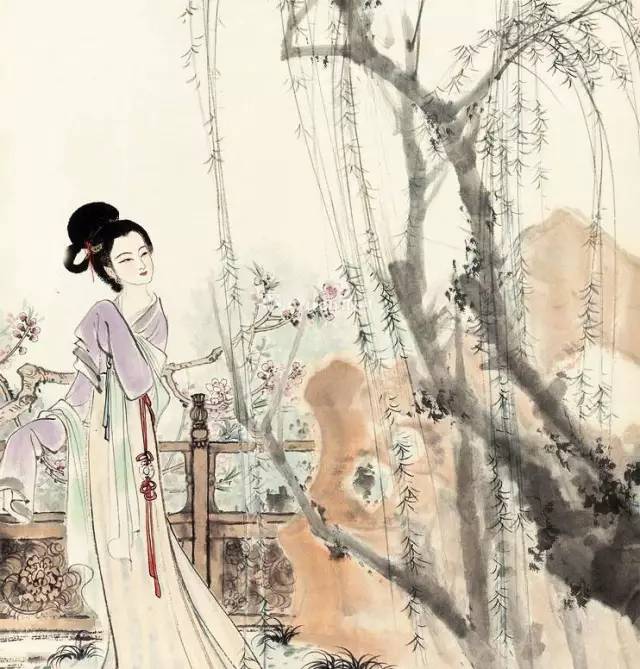
枕前泪共阶前雨，隔个窗儿滴到明。